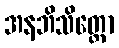
အနဘိသိတ္တော